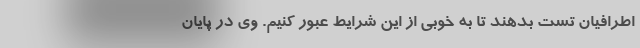
اطرافیان تست بدهند تا به خوبی از این شرایط عبور کنیم. وی در پایان